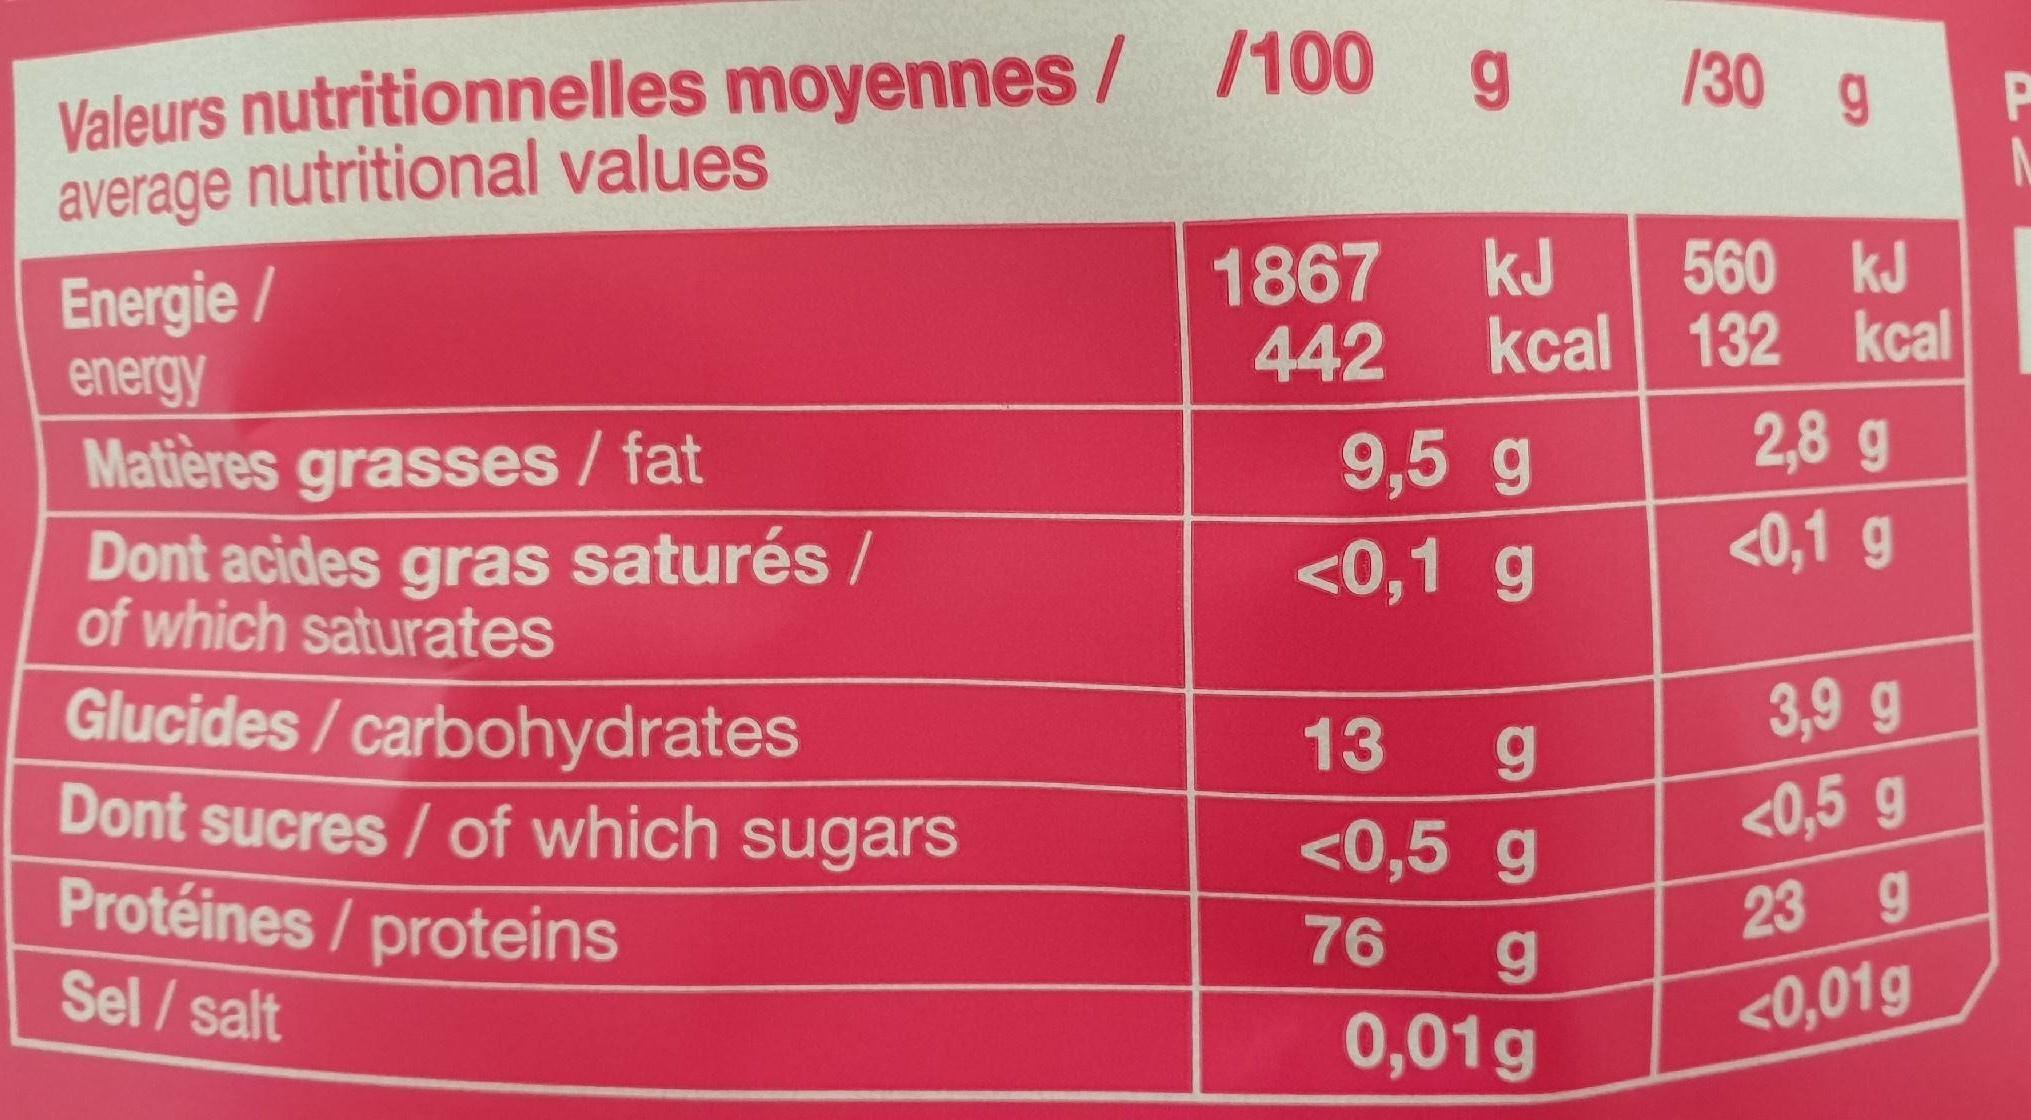
Valeurs nutritionnelles moyennes/ /100 g /30 g
average nutritional values
Energie/
energy
Matières grasses / fat
Dont acides gras saturés / of which saturates
Glucides/carbohydrates
Dont sucres/ of which sugars
Protéines / proteins
Sel/salt
kJ
442 kcal
1867
9,5 g
<0,1 g
13
g
<0,5 g
76
g
0,01g
560 kJ
132 kcal
2,8 g
<0,1 g
3,9 g
<0,5 g
23 9
<0,01g